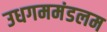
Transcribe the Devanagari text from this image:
उधगममंडलम